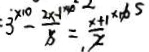
3 - \frac { 2 x - 1 } { 5 } = \frac { x + 1 } { 2 }